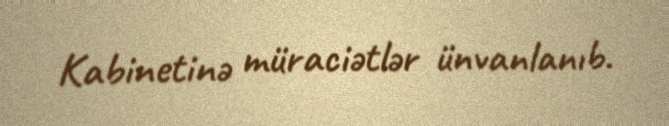
Kabinetinə müraciətlər ünvanlanıb.